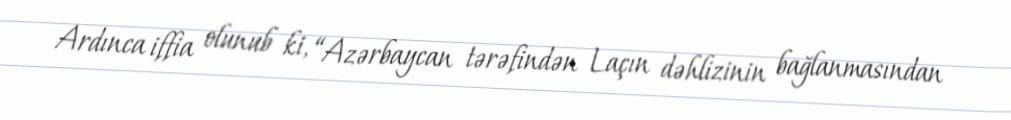
Ardınca iffia olunub ki, “Azərbaycan tərəfindən Laçın dəhlizinin bağlanmasından